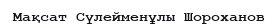
Мақсат Сүлейменұлы Шороханов